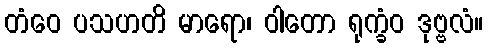
တံဝေ ပသဟတိ မာရော၊ ဝါတော ရုက္ခံဝ ဒုဗ္ဗလံ။